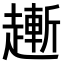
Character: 𧽯